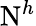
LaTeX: \mathrm{N}^{h}